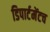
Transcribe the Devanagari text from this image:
डिपार्टमेंटच